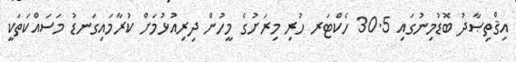
އިޤްތިޞާދު ބޮޑުމިނުގައި 30.5 ހެކްޓަރ ހުރި މިރަށުގެ މީހުން ދިރިއުޅުމަށް ކުރާމައިގަނޑު މަސައްކަތަކީ